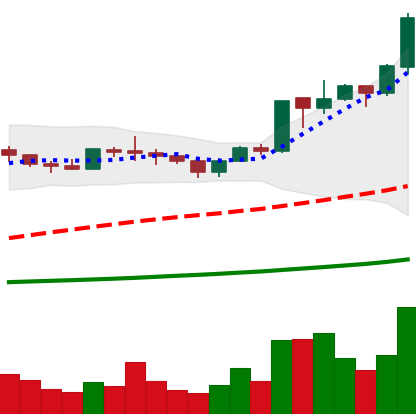
Ticker: ADA-USD
Chart end date: 2020-07-07
Forward return: 7.851%
Label: up_7plus